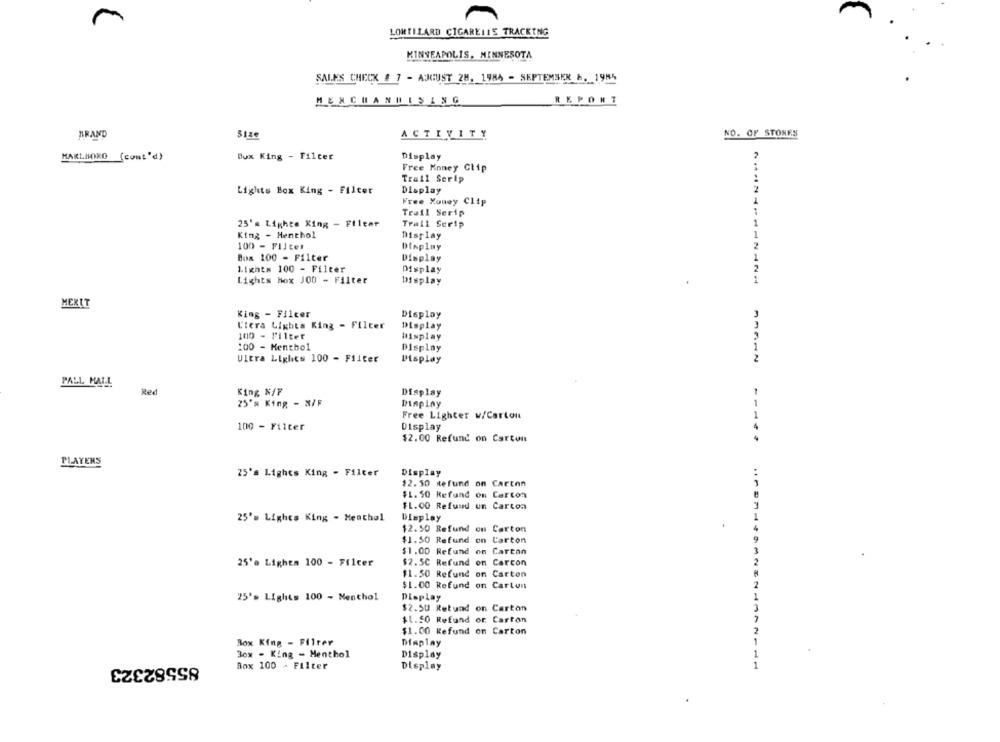
LORTILARD CIGARELIS TRACKING
MINNEAPOLIS, MINNESOTA
SALES CHECK @ 7 - AUGUST ZH, 1984 - SEPTEMBER &. 1984
MERCHANDISING
REPONT
BRAND
Size
ACTIVITY
NO. OF STONES
MARLBORO (comt'd)
Bux King - Filter
Display
Free Money Clip
Trail Serip
Lights Box King - Filter
Display
2
Free Money Clip
Trail Serip
1
25'm Lighes King - Fileer
Trail Serip
King - Henthol
Display
1
100 - FIJtet
2
Display
Box 100 - Filter
Display
Lights 100 - Filter
2
Display
Lights Hox JOU - Filter
Display
MERIT
King - Filter
Display
Ciera Lights King - Filter
Display
100 - Filter
Display
:00 - Menthol
Display
Ultra Lights 100 - Filter
Display
PALL MALL
Red
King N/F
Display
25's King - X/F
Display
Free Lighter w/Carton
100 - Filter
Display
$2.00 Refund on Carton
PLAYERS
25'a Lights King - Filter
Display
$2.50 Refund on Carton
$1.50 Refund on Carton
$1.00 Refund un Carton
25's Lighes King - Menthol
Display
$2.50 Refund on Carton
$1.50 Refund on Carton
$1.00 Refund on Carton
25'a Lighem 100 - Filter
$2.5C Refund on Carcon
$1.50 Refund on Carton
$1.00 Refund on Carton
25's Lights 100 - Menthol
Display
$2.50 Retund on Carton
$1.50 Refund or Carton
$1.00 Refund on Carton
Box King - Filter
Diaplay
3ox - King - Menthol
85582323
Display
Box 100 - Filter
Display
1